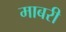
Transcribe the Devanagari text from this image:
माबरी